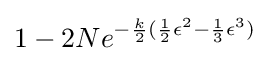
1-2Ne^{-{\frac {k}{2}}({\frac {1}{2}}\epsilon ^{2}-{\frac {1}{3}}\epsilon ^{3})}